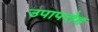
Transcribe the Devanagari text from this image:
उपापत्तेह